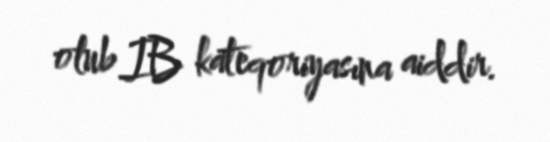
olub IB kateqoriyasına aiddir.